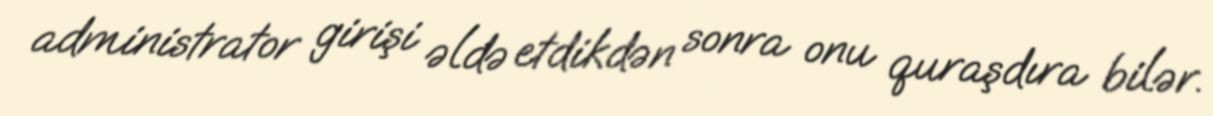
administrator girişi əldə etdikdən sonra onu quraşdıra bilər.